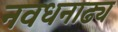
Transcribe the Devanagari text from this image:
नवधनाढ्य